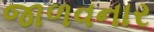
જાળવનાર